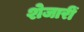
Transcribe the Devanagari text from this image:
शेजारीं